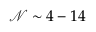
\mathcal { N } \sim 4 - 1 4